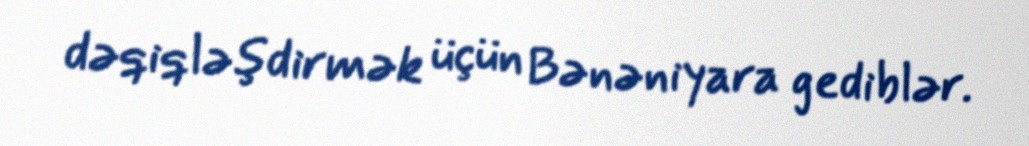
dəqiqləşdirmək üçün Bənəniyara gediblər.